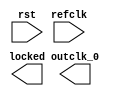
module iopll (
		input  wire  rst,      //   reset.reset
		input  wire  refclk,   //  refclk.clk
		output wire  locked,   //  locked.export
		output wire  outclk_0  // outclk0.clk
	);
endmodule